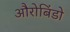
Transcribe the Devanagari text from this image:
औरोबिंडो